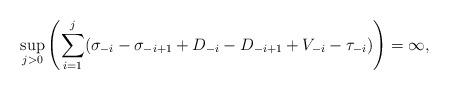
LaTeX: \begin{align*}\sup_{j > 0}\left( \sum_{i=1}^j (\sigma_{-i}- \sigma_{-i+1}+ D_{-i} - D_{-i+1} + V_{-i} - \tau_{-i}) \right) = \infty,\end{align*}